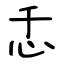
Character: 忎